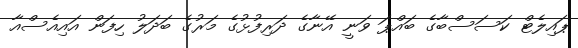
ޕައިލެޓް ކަސަސްބާގެ ބައްޕަ ވަނީ އޭނާގެ ދަރިފުޅުގެ މަރުގެ ބަދަލު ހިފަން އައިއެސްއާ